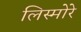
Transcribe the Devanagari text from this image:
लिस्मोरे